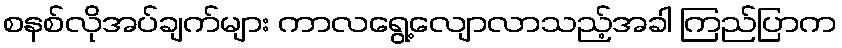
စနစ်လိုအပ်ချက်များ ကာလရွေ့လျောလာသည့်အခါ ကြည်ပြာက